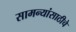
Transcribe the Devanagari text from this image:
सामन्यांसाठीचे